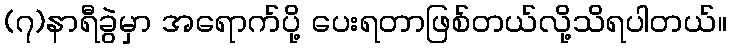
(၇)နာရီခွဲမှာ အရောက်ပို့ ပေးရတာဖြစ်တယ်လို့သိရပါတယ်။